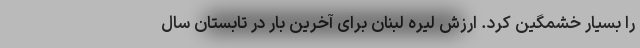
را بسیار خشمگین کرد. ارزش لیره لبنان برای آخرین بار در تابستان سال